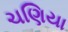
ચણિયા